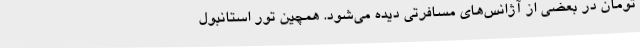
تومان در بعضی از آژانس‌های مسافرتی دیده می‌شود. همچین تور استانبول